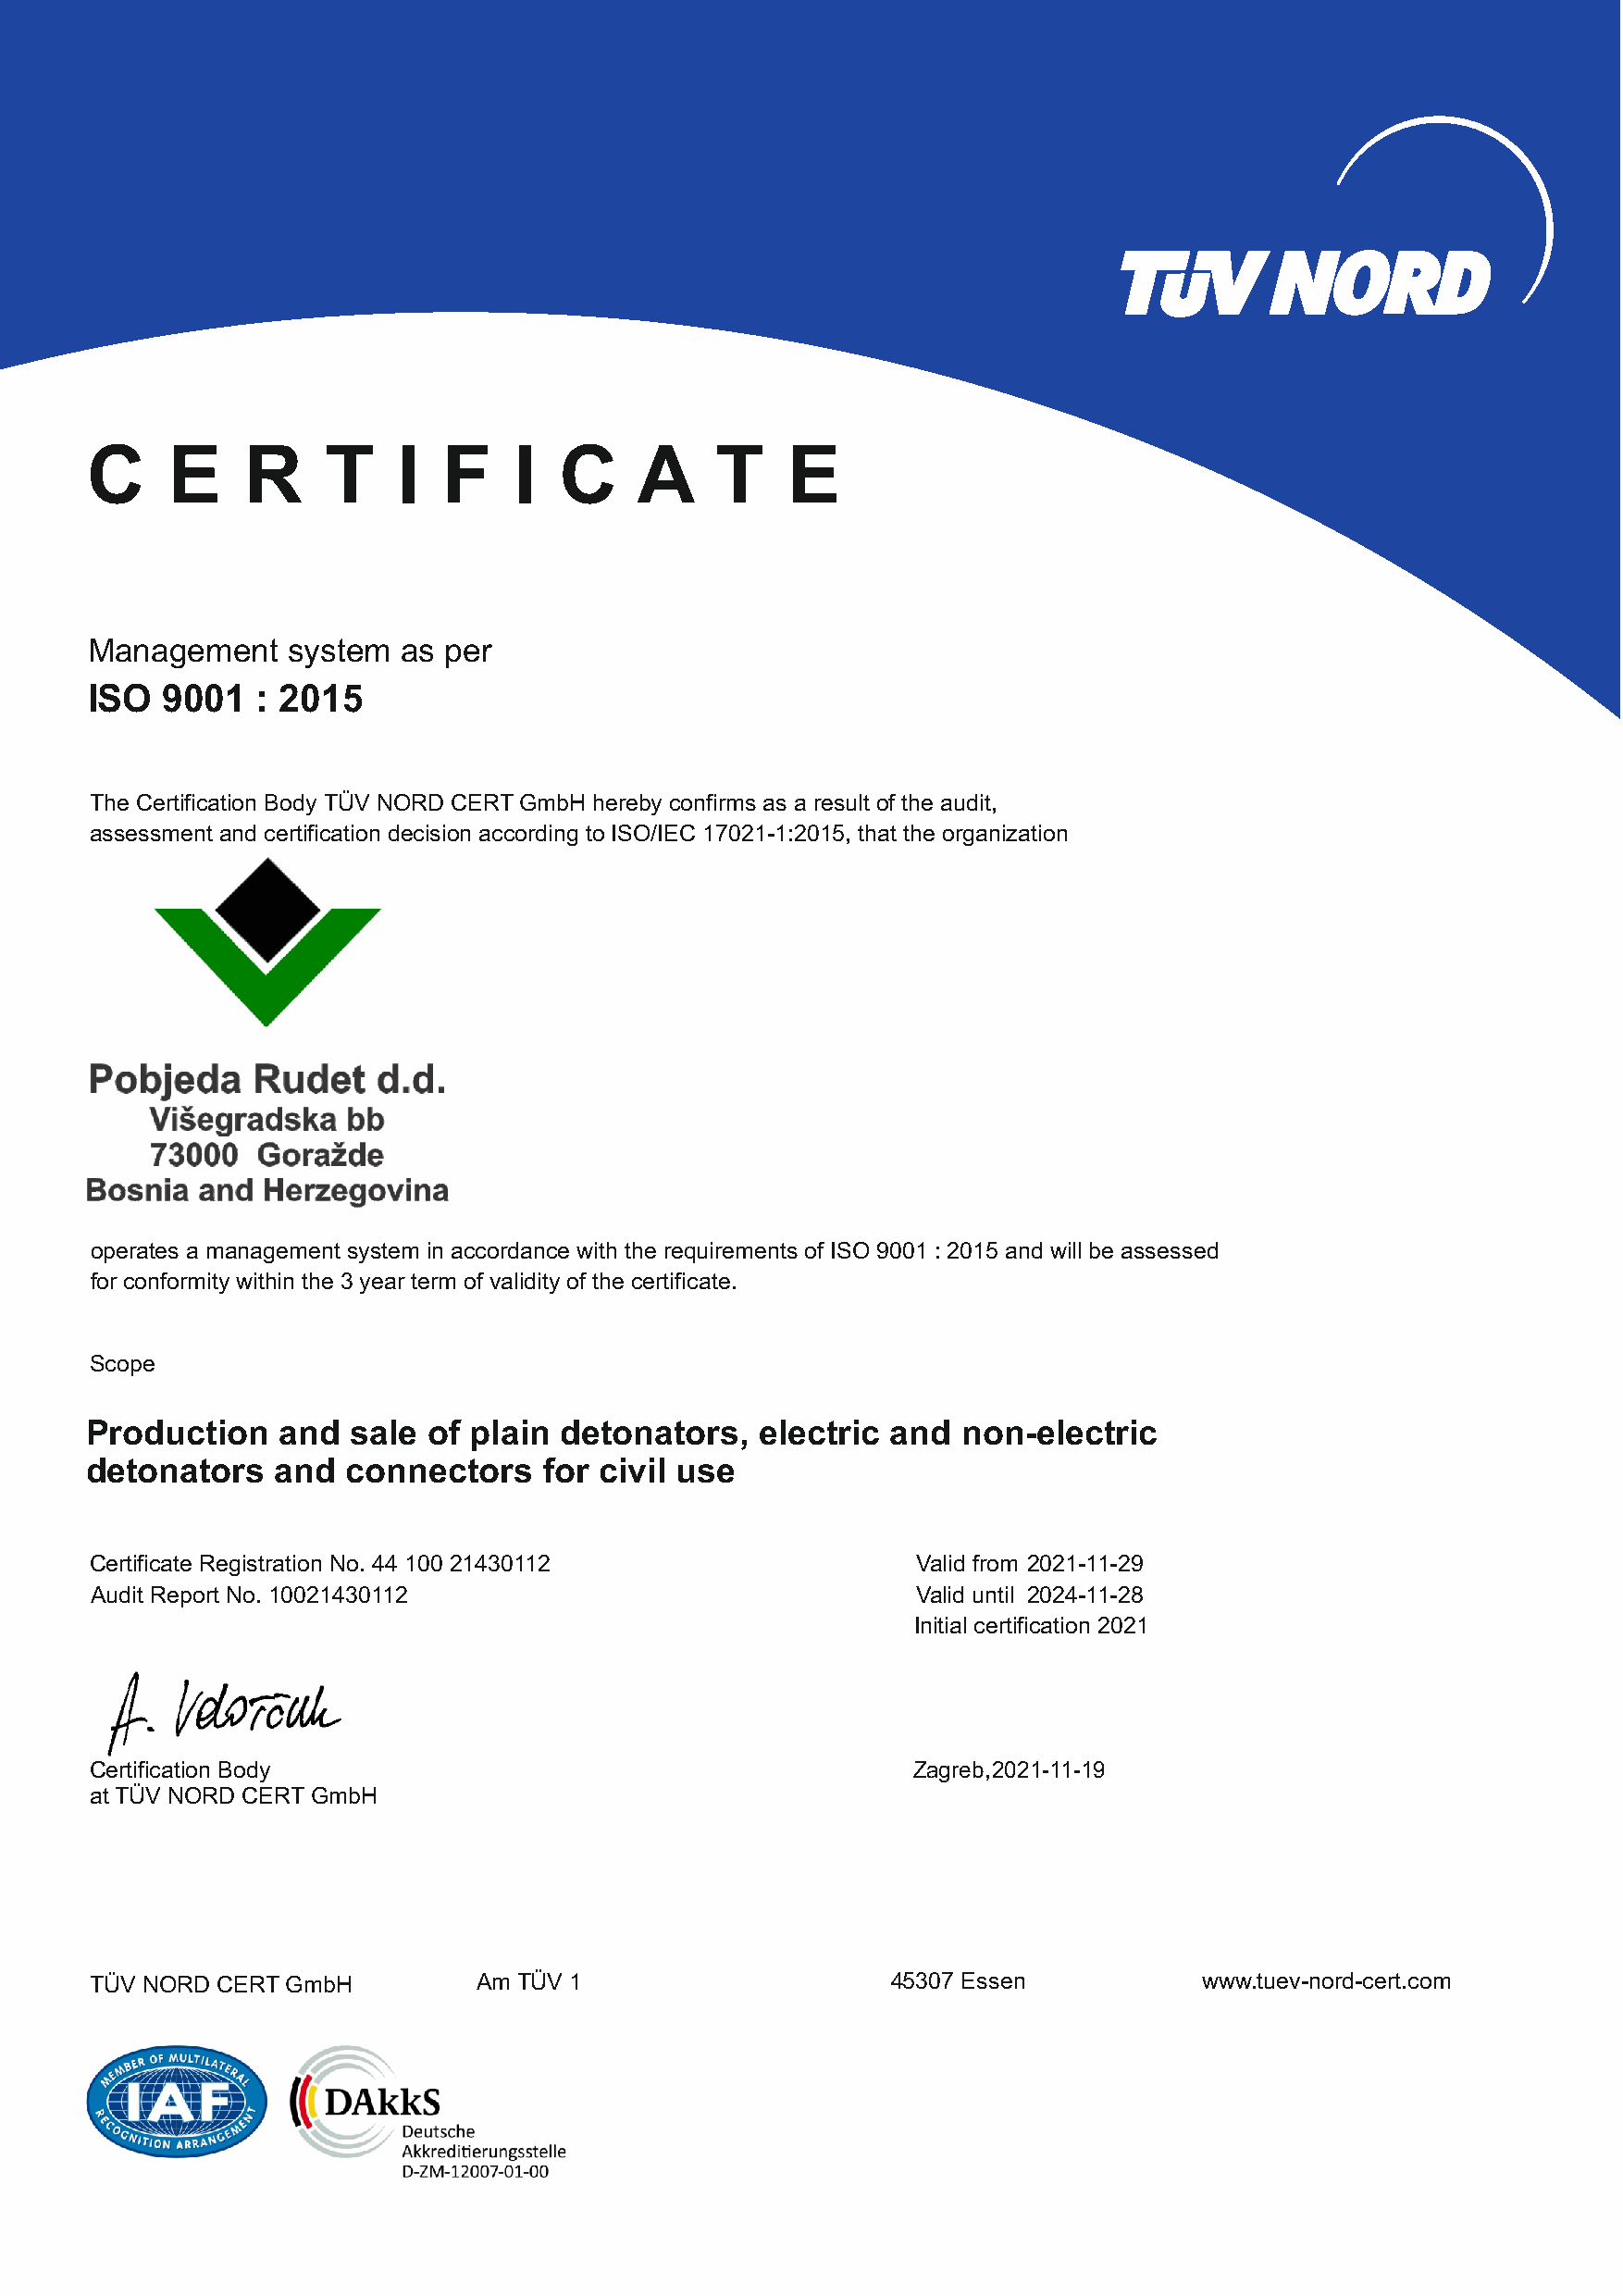
C     E    R     T    I   F    I  C     A    T    E
 Management     system  as per
 ISO   9001  : 2015
 The Certification Body TÜV NORD CERT GmbH hereby confirms as a result of the audit,
 assessment and certification decision according to ISO/IEC 17021-1:2015, that the organization
 operates a management system in accordance with the requirements of ISO 9001 : 2015 and will be assessed
 for conformity within the 3 year term of validity of the certificate.
 Scope
 Production    and  sale  of plain detonators,   electric  and  non-electric
 detonators    and  connectors    for civil use
 Certificate Registration No. 44 100 21430112                Valid from 2021-11-29
 Audit Report No. 10021430112                                Valid until 2024-11-28
 Initial certification 2021
 Certification Body                                         Zagreb,2021-11-19
 at TÜV NORD CERT GmbH
 TÜV NORD  CERT GmbH         Am TÜV 1                      45307 Essen           www.tuev-nord-cert.com